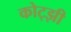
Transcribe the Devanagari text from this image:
कोट्झी